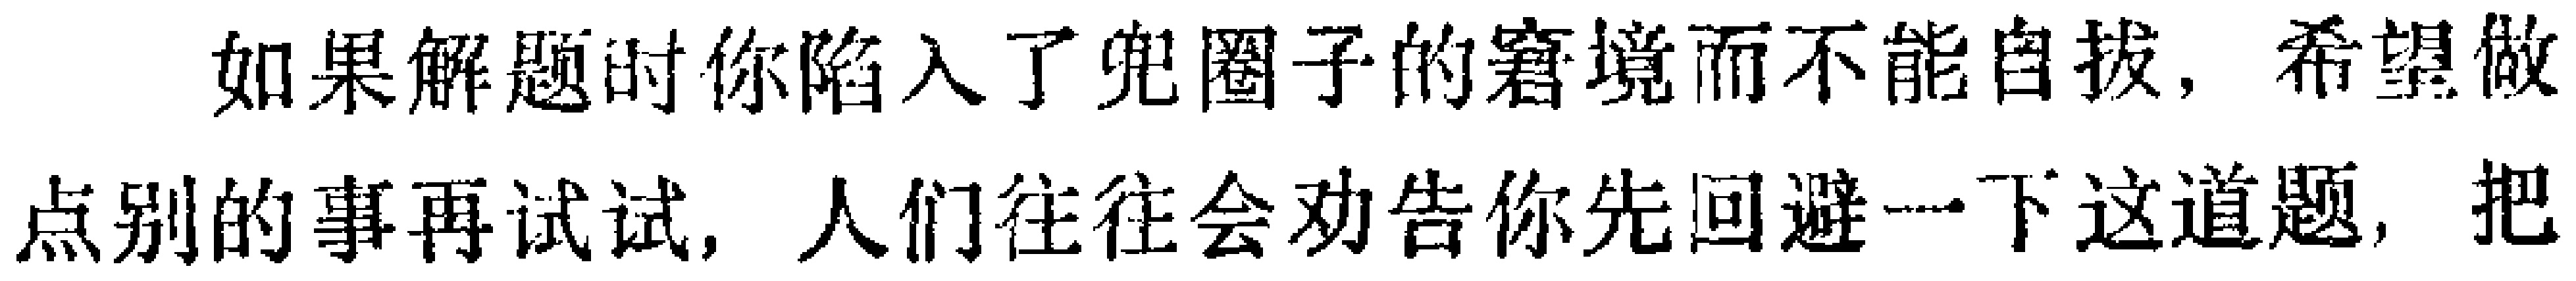
如果解题时你陷入了兜圈子的窘境而不能自拔，希望做

点别的事再试试，人们往往会劝告你先回避一下这道题，把